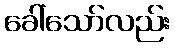
ခေါ်သော်လည်း